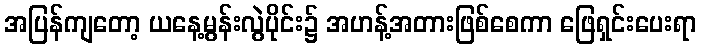
အပြန်ကျတော့ ယနေ့မွန်းလွဲပိုင်း၌ အဟန့်အတားဖြစ်စေကာ ဖြေရှင်းပေးရာ